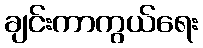
ချင်းကာကွယ်ရေး